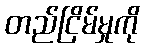
တည်ငြိမ်မှုကို